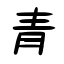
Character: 青